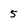
Character: 5